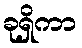
ခုရှိကာ